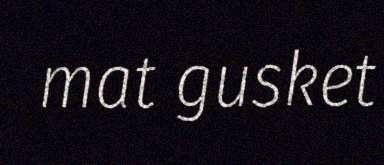
mat gusket